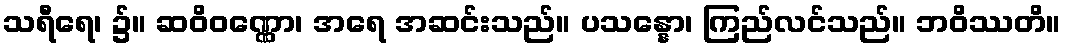
သရီရေ၊ ၌။ ဆဝိဝဏ္ဏော၊ အရေ အဆင်းသည်။ ပသန္နော၊ ကြည်လင်သည်။ ဘဝိဿတိ။